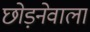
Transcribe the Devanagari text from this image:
छोड़नेवाला